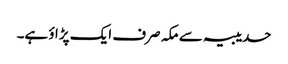
حدیبیہ سے مکہ صرف ایک پڑاؤ ہے۔